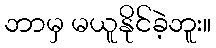
ဘာမှ မယူနိုင်ခဲ့ဘူး။